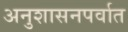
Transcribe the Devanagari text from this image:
अनुशासनपर्वात